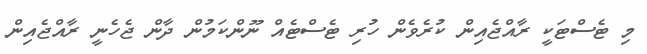
މި ޓެސްޓަކީ ރާއްޖެއިން ކުރެވެން ހުރި ޓެސްޓެއް ނޫންކަމުން ދާން ޖެހެނީ ރާއްޖެއިން